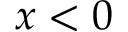
x < 0